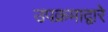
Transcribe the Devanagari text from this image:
उपक्रमाद्वारे